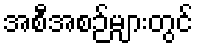
အစီအစဉ်များတွင်